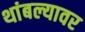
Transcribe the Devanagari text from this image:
थांबल्यावर